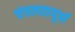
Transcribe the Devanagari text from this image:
चंचलतापूर्ण